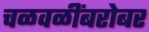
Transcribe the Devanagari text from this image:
चळवळींबरोबर